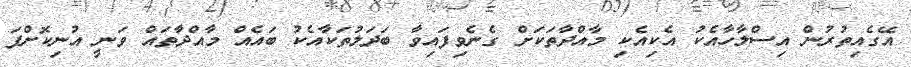
އޭގެއިތުރުން އިސްލާހާއެކު އެކިއެކި މާއްދާތަކަށް ގެނެވިފައިވާ ބަދަލުތަކާއެކު ބައެއް މާއްދާތައް ވަނީ އުނިކޮށްފަ